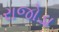
રાજોડા